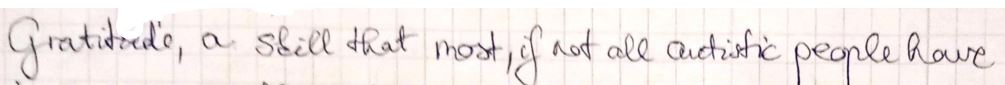
Gratitude, a skill that most, if not all artistic people have